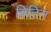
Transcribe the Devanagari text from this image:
ब्रिटिन